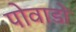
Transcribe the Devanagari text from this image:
पोवाडों